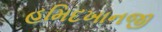
હમિદખાનજી